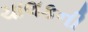
ચાલકની